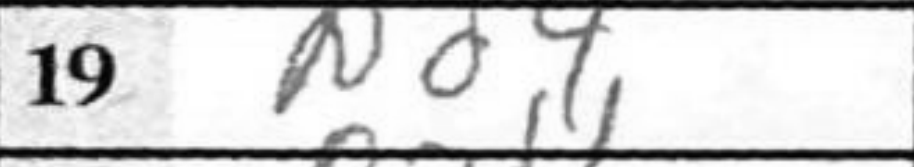
Transcription: Nd4